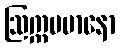
ဩက္ကမမာနော